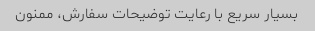
بسیار سریع با رعایت توضیحات سفارش، ممنون